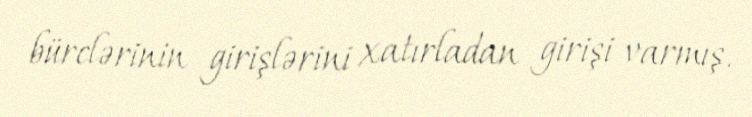
bürclərinin girişlərini xatırladan girişi varmış.